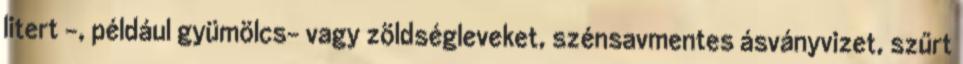
litert -, például gyümölcs- vagy zöldségleveket, szénsavmentes ásványvizet, szűrt